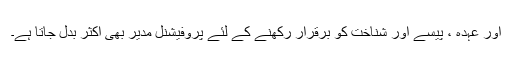
اور عہدہ ، پیسے اور شناخت کو برقرار رکھنے کے لئے پروفیشنل مدیر بھی اکثر بدل جاتا ہے۔